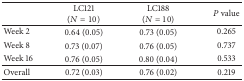
|  | LC121 (N = 10) | LC188 (N = 10) | P value |
 | --- | --- | --- | --- |
 | Week 2 | 0.64 (0.05) | 0.73 (0.05) | 0.265 |
 | Week 8 | 0.73 (0.07) | 0.76 (0.05) | 0.737 |
 | Week 16 | 0.76 (0.05) | 0.80 (0.04) | 0.533 |
 | Overall | 0.72 (0.03) | 0.76 (0.02) | 0.219 |